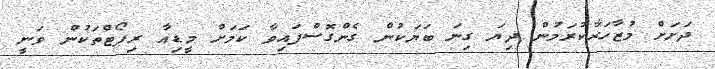
ދަށަށް މުޒާހަރާކުރަމުން ދިޔަ ގިނަ ބަޔަކުން ގެންގޮސްފައިވާ ކަމަށް މީޑިއާ ރިޕޯޓްތަކުން ވަނީ